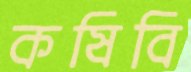
কষিবি